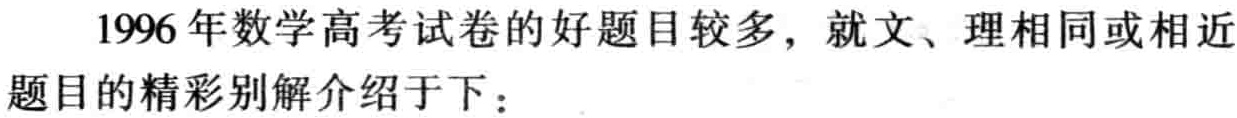
1996年数学高考试卷的好题目较多，就文、理相同或相近

题目的精彩别解介绍于下：